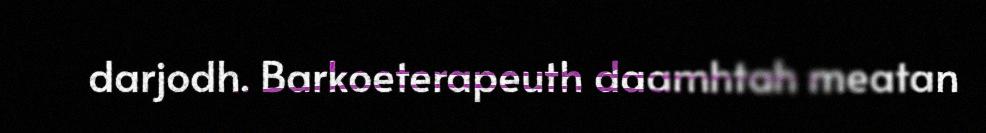
darjodh. Barkoeterapeuth daamhtah meatan